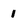
Character: 1